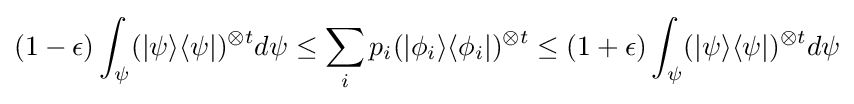
(1-\epsilon )\int _{\psi }(|\psi \rangle \langle \psi |)^{\otimes t}d\psi \leq \sum _{i}p_{i}(|\phi _{i}\rangle \langle \phi _{i}|)^{\otimes t}\leq (1+\epsilon )\int _{\psi }(|\psi \rangle \langle \psi |)^{\otimes t}d\psi